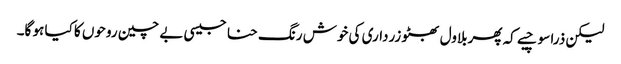
لیکن ذرا سوچیے کہ پھربلاول بھٹو زرداری کی خوش رنگ حنا جیسی بے چین روحوں کا کیا ہو گا۔